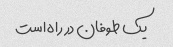
یک طوفان در راه است